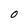
Character: O